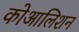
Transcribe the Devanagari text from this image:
कोआलिशन